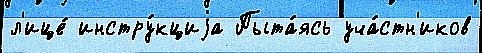
л'ице́ инстру́кциjа Пыта́ясь уча́стн'иков